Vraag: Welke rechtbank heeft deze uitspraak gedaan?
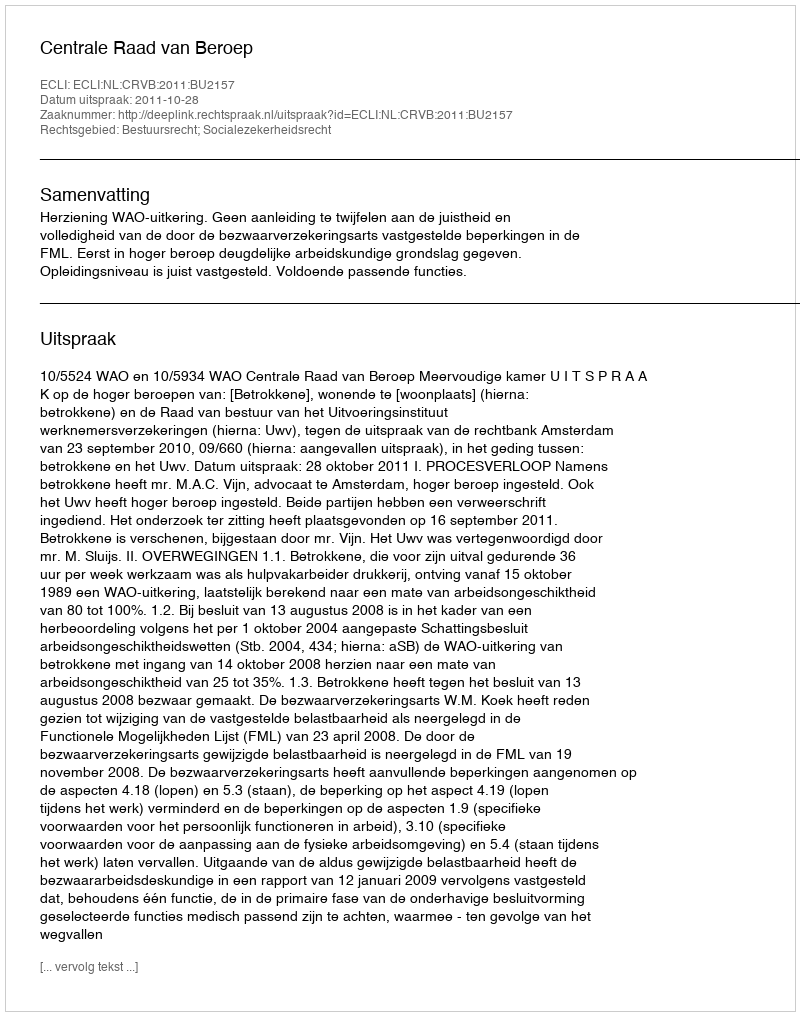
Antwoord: Centrale Raad van Beroep